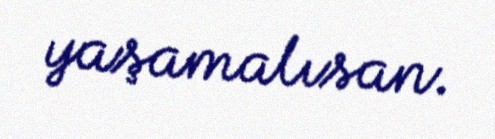
yaşamalısan.